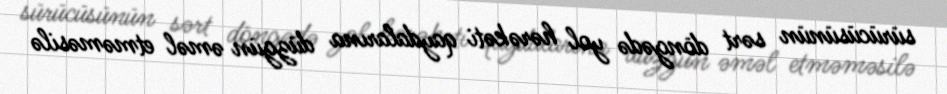
sürücüsünün sərt döngədə yol hərəkəti qaydalarına düzgün əməl etməməsilə